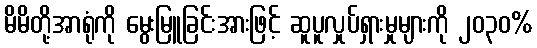
မိမိတို့အာရုံကို မွေးမြူခြင်းအားဖြင့် ဆူပူလှုပ်ရှားမှုများကို ၂၀၃၀%